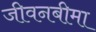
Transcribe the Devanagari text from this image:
जीवनबीमा